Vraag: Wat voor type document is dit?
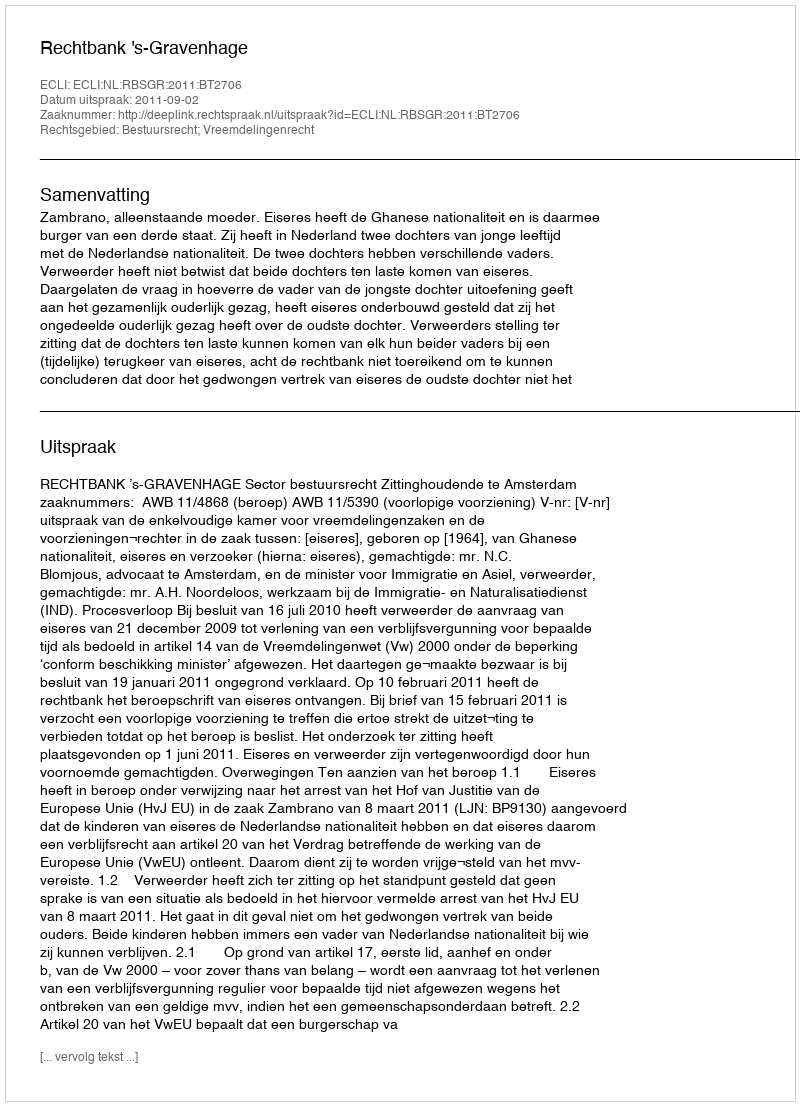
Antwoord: Uitspraak